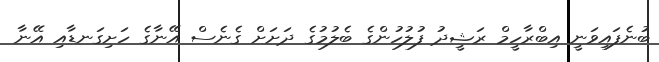
ބުނެފައިވަނީ އިބްރާހީމް ރަޝީދު ފުލުހުންގެ ބެލުމުގެ ދަށަށް ގެނެސް އޭނާގެ ހަށިގަނޑާއި އޭނާ